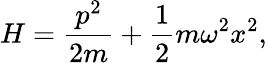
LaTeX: {H}={\frac{{p}^{2}}{2m}}+{\frac{1}{2}}m\omega^{2}{x}^{2},